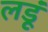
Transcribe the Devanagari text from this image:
लडूं